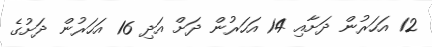
12 އަހަރުން ދަށާއި 14 އަހަރުން ދަށް އަދި 16 އަހަރުން ދަށުގެ